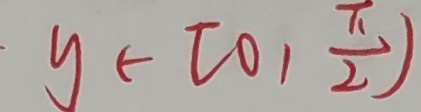
y \in [ 0 , \frac { \pi } { 2 } )